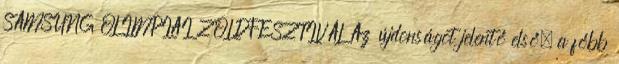
SAMSUNG OLIMPIAI ZÖLDFESZTIVÁL Az újdonságot jelentő első, a főbb